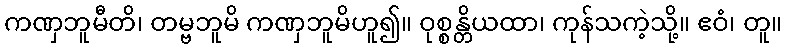
ကဏှဘူမီတိ၊ တမ္ဗဘူမိ ကဏှဘူမိဟူ၍။ ဝုစ္စန္တိယထာ၊ ကုန်သကဲ့သို့။ ဧဝံ၊ တူ။